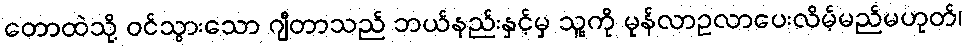
တောထဲသို့ ဝင်သွားသော ဂျီတာသည် ဘယ်နည်းနှင့်မှ သူ့ကို မုန်လာဥလာပေးလိမ့်မည်မဟုတ်၊